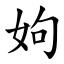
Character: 姁